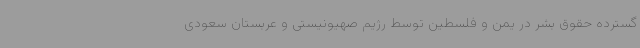
گسترده حقوق بشر در یمن و فلسطین توسط رژیم صهیونیستی و عربستان سعودی